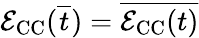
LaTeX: \mathcal{E}_{\mathrm{CC}}(\overline{{t}})=\overline{{\mathcal{E}_{\mathrm{CC}}(t)}}